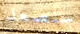
سنصعد